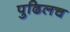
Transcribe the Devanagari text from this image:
पुढिलच